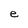
Character: e